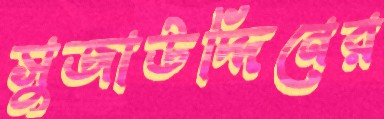
সুজাউদ্দিনের